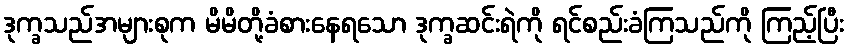
ဒုက္ခသည်အများစုက မိမိတို့ခံစားနေရသော ဒုက္ခဆင်းရဲကို ရင်စည်းခံကြသည်ကို ကြည့်ပြီး